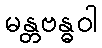
မန္တဗန္ဓဝါ